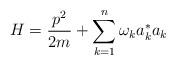
\begin{align*}H=\frac{p^{2}}{2m} + \sum_{k=1}^{n}\omega_{k}a^{*}_{k}a_{k}\end{align*}